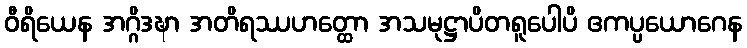
ဝီရိယေန အဂ္ဂိဒဍ္ဎာ အတိရဿဟတ္ထော အသမုဋ္ဌာပိတရူပေါပိ ဧကပ္ပယောဂေန